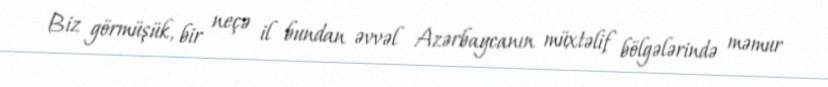
Biz görmüşük, bir neçə il bundan əvvəl Azərbaycanın müxtəlif bölgələrində məmur